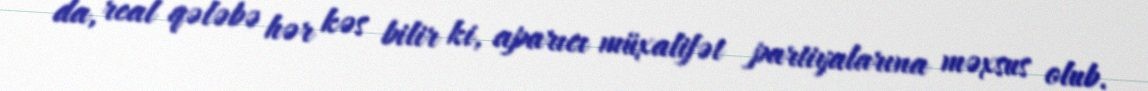
da, real qələbə hər kəs bilir ki, aparıcı müxalifət partiyalarına məxsus olub.